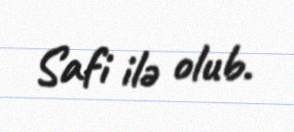
Safi ilə olub.